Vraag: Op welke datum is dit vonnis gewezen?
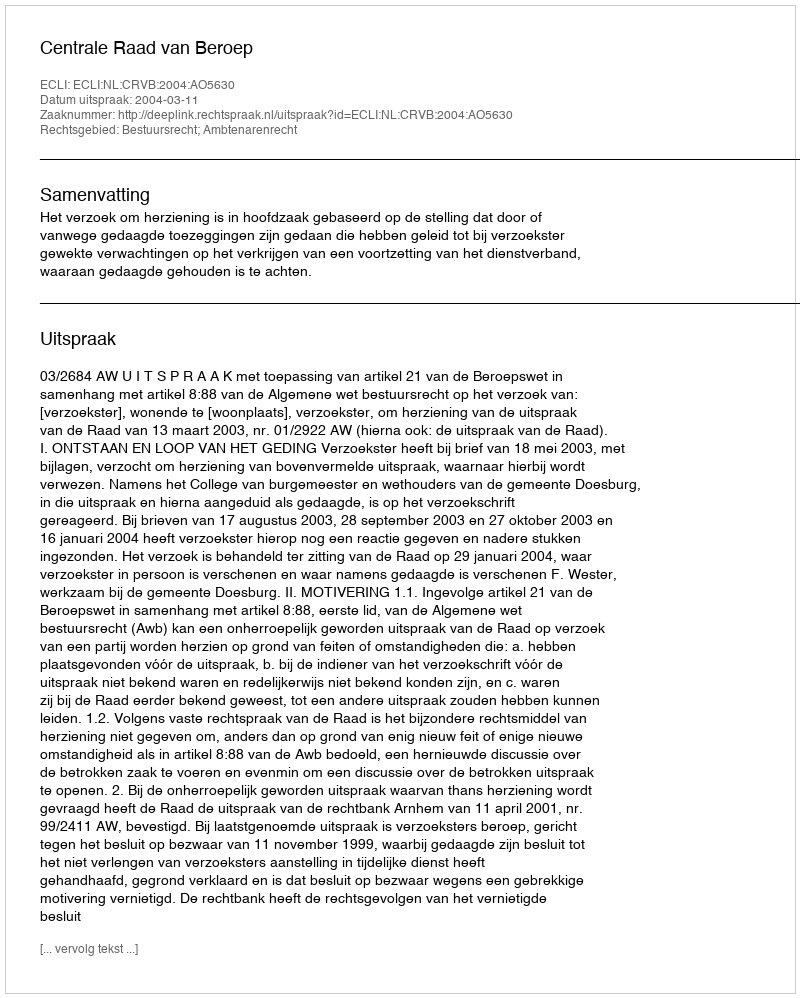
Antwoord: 2004-03-11